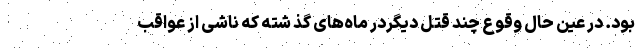
بود. در عین حال وقوع چند قتل دیگردر ماه‌های گذ شته که ناشی از عواقب